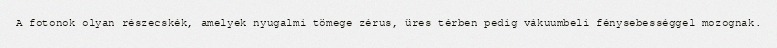
A fotonok olyan részecskék, amelyek nyugalmi tömege zérus, üres térben pedig vákuumbeli fénysebességgel mozognak.